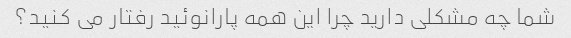
شما چه مشکلی دارید چرا این همه پارانوئید رفتار می کنید؟